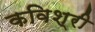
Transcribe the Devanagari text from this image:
कविश्री